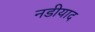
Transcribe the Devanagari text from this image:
नडीयाद